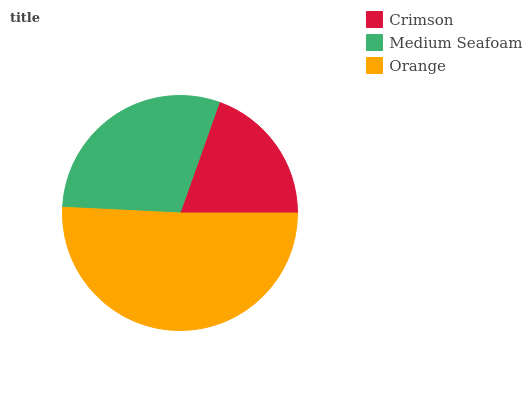
| Crimson | Medium Seafoam | Orange |
 | --- | --- | --- |
 | 19.6% | 29.6% | 50.8% |